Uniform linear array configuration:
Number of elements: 4
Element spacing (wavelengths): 1
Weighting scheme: blackman
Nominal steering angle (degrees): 15
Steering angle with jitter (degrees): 13.22
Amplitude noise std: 0.05
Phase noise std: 0.05

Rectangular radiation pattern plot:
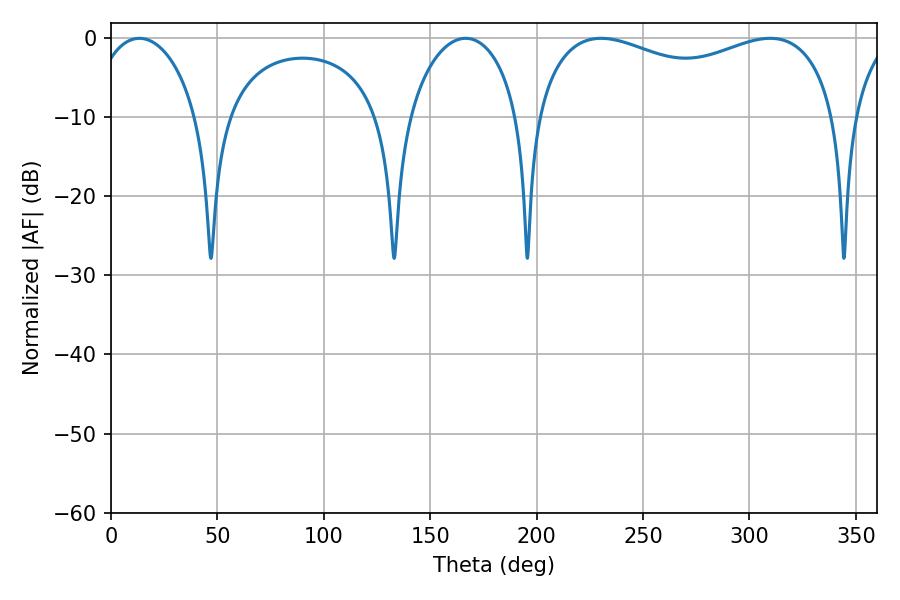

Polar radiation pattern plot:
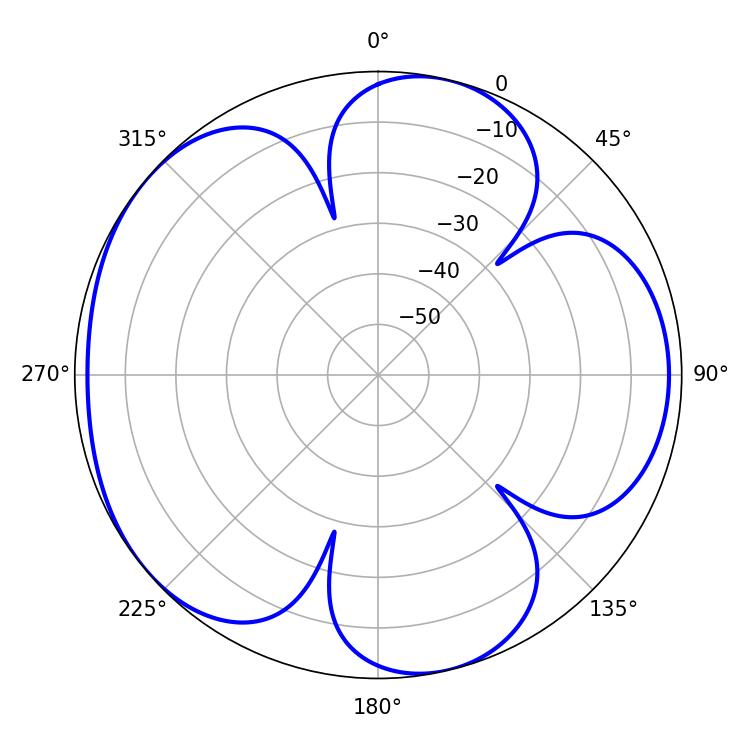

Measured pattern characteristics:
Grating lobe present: TRUE
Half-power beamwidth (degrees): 29.7
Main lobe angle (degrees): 166.68